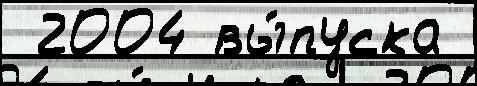
 2004 вы́пуска